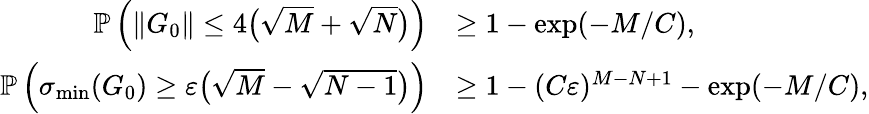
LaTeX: \begin{array}{rl}{\mathbb{P}\left(\| G_{0}\| \le 4\big(\sqrt M+\sqrt N\big)\right)}&{\ge 1-\exp(-M/C),}\\ {\mathbb{P}\left(\sigma_{\operatorname*{min}}(G_{0})\ge\varepsilon\big(\sqrt M-\sqrt{N-1}\big)\right)}&{\ge 1-(C\varepsilon)^{M-N+1}-\exp(-M/C),}\end{array}